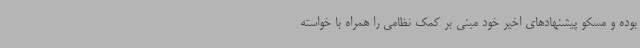
بوده و مسکو پیشنهادهای اخیر خود مبنی بر کمک نظامی را همراه با خواسته